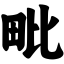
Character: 毗